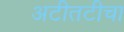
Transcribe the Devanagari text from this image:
अटीतटीचा